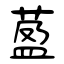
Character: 萾